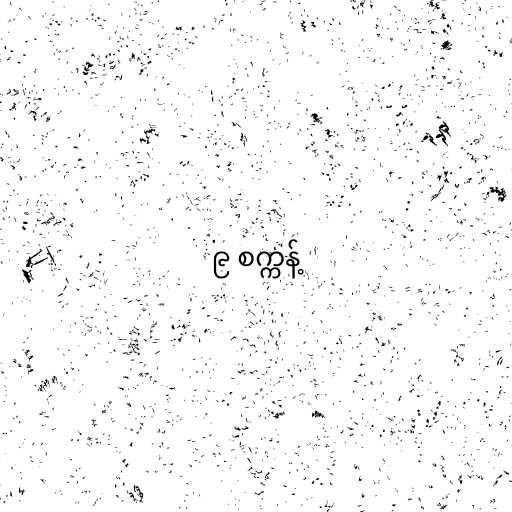
၉ စက္ကန့်